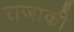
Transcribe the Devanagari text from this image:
राजाकी